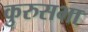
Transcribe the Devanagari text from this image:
कुरुसभा